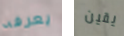
يعرفه يقين